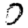
Digit: 0